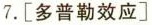
7.[多普勒效应]